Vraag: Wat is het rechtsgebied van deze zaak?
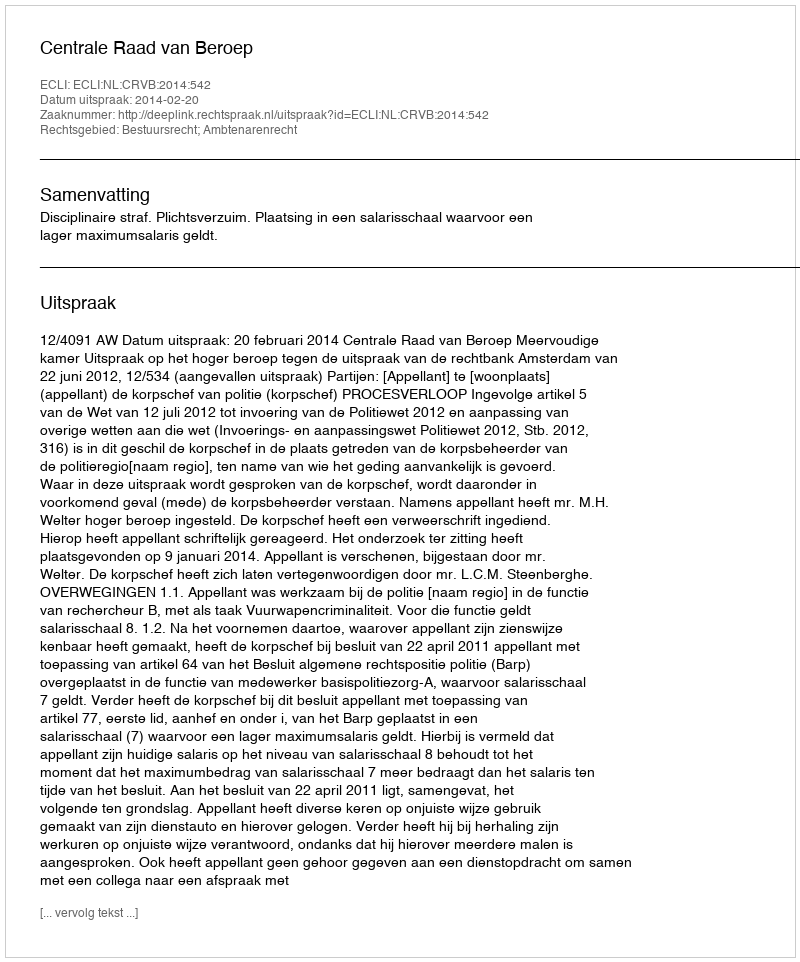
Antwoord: Bestuursrecht; Ambtenarenrecht